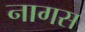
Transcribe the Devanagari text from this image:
नागस